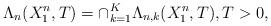
LaTeX: \begin{align*}\Lambda _{n}(X_{1}^{n},T)=\cap _{k=1}^{K}\Lambda _{n,k}(X_{1}^{n},T),T>0, \end{align*}